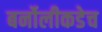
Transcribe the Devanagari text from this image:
बर्नोलीकडेच